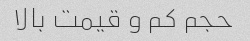
حجم کم و قیمت بالا